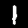
Digit: 1